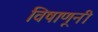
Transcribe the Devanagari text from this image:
विषाणूनी